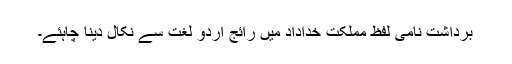
برداشت نامی لفظ مملکت خداداد میں رائج اردو لغت سے نکال دینا چاہئے۔